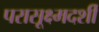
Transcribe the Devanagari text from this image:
परासूक्ष्मदर्शी